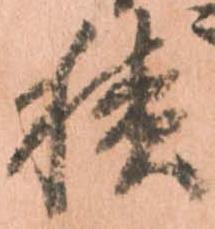
積